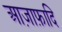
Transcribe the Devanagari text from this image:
आज़ाफ़ादि